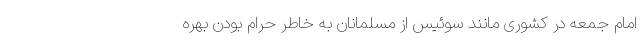
امام جمعه در کشوری مانند سوئیس از مسلمانان به خاطر حرام بودن بهره